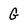
Character: G